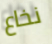
نخاع